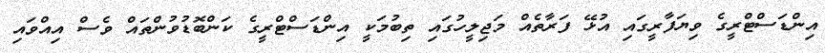
އިންޑަސްޓްރީގެ ވިޔަފާރީގައި އުޅޭ ފަރާތެއް މަޖިލީހުގައި ތިބުމަކީ އިންޑަސްޓްރީގެ ކަންބޮޑުވުންތައް ވެސް އިއްވައި